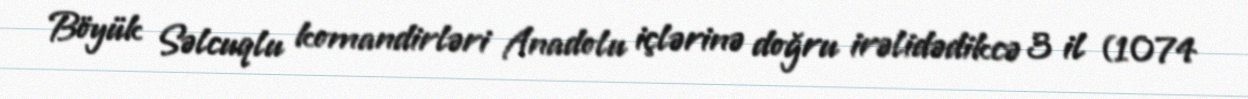
Böyük Səlcuqlu komandirləri Anadolu içlərinə doğru irəlidədikcə 3 il (1074